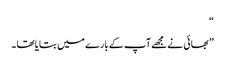
“
” بھائی نے مجھے آپ کے بارے میں بتایا تھا ۔